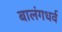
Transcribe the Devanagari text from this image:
बालंगधर्व